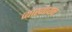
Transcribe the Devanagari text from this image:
व्याख्यायन